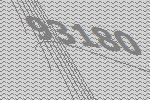
93180